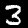
Digit: 3